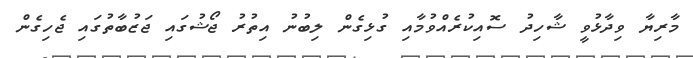
މާރިޔާ ވިދާޅުވީ ޝާހިދު ސޮއިކުރެއްވުމާއި ގުޅިގެން ލިބުނު އިތުރު ޖޯޝުގައި ޖަޒުބާތުގައި ޖެހިގެން